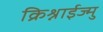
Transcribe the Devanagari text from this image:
क्रिश्नाईज्मु